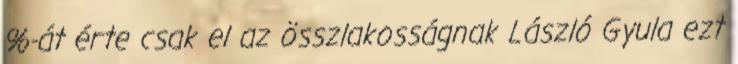
%-át érte csak el az összlakosságnak László Gyula ezt